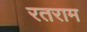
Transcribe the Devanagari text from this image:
रतराम